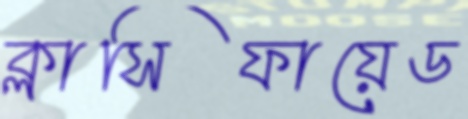
ক্লাসিফায়েড